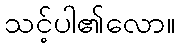
သင့်ပါ၏လော။